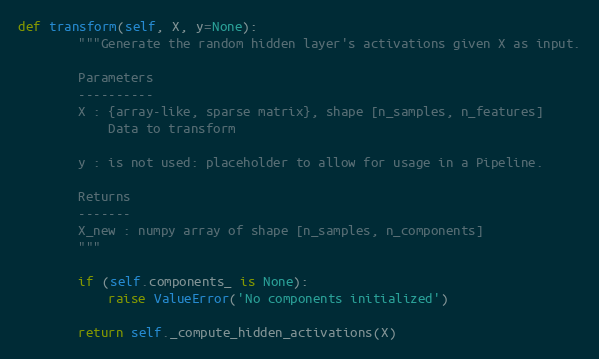
Language: Python
def transform(self, X, y=None):
        """Generate the random hidden layer's activations given X as input.

        Parameters
        ----------
        X : {array-like, sparse matrix}, shape [n_samples, n_features]
            Data to transform

        y : is not used: placeholder to allow for usage in a Pipeline.

        Returns
        -------
        X_new : numpy array of shape [n_samples, n_components]
        """

        if (self.components_ is None):
            raise ValueError('No components initialized')

        return self._compute_hidden_activations(X)